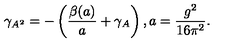
\gamma _ { A ^ { 2 } } = - \left( \frac { \beta ( a ) } { a } + \gamma _ { A } \right) , a = \frac { g ^ { 2 } } { 1 6 \pi ^ { 2 } } .